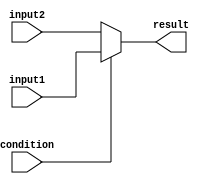
module ternary_operator (
    input wire condition,
    input wire input1,
    input wire input2,
    output reg result
);

always @(*) begin
    result = condition ? input1 : input2;
end

endmodule